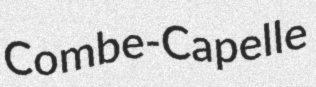
Combe-Capelle